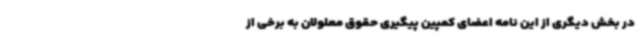
در بخش دیگری از این نامه اعضای کمپین پیگیری حقوق معلولان به برخی از